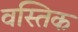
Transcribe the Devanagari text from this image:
वस्तिक